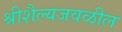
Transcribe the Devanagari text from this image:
श्रीशैल्यजवळील